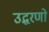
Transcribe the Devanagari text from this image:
उद्धरणो